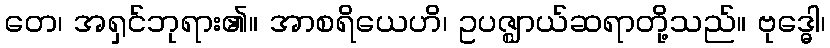
တေ၊ အရှင်ဘုရား၏။ အာစရိယေဟိ၊ ဥပဇ္ဈာယ်ဆရာတို့သည်။ ဗုဒ္ဓေါ၊